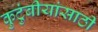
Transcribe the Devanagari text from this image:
कुटुंबीयांसाठी